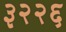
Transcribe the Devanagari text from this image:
३२२६